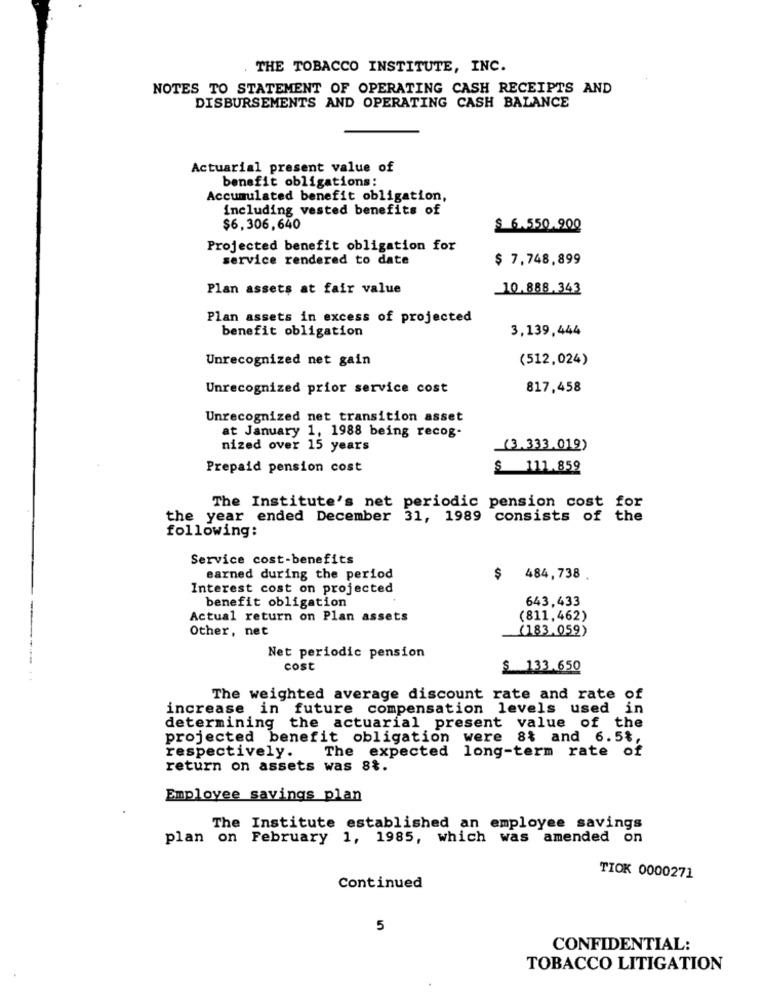
THE TOBACCO INSTITUTE, INC.
NOTES TO STATEMENT OF OPERATING CASH RECEIPTS AND
DISBURSEMENTS AND OPERATING CASH BALANCE
Actuarial present value of
benefit obligations:
Accumulated benefit obligation,
including vested benefits of
$6,306,640
$ 6.550.900
Projected benefit obligation for
service rendered to date
$ 7,748,899
Plan assets at fair value
10.888.343
Plan assets in excess of projected
benefit obligation
3,139,444
Unrecognized net gain
(512,024)
Unrecognized prior service cost
817,458
Unrecognized net transition asset
at January 1, 1988 being recog-
nized over 15 years
(3,333.019)
Prepaid pension cost
$ 111.859
The Institute's net periodic pension cost for
the year ended December 31, 1989 consists of the
following:
Service cost-benefits
earned during the period
$ 484,738
Interest cost on projected
benefit obligation
643,433
Actual return on Plan assets
(811,462)
Other, net
(183.059)
Net periodic pension
cost
$ 133.650
The weighted average discount rate and rate of
increase in future compensation levels used in
determining the actuarial present value of the
projected benefit obligation were 8% and 6.5%,
respectively. The expected long-term rate of
return on assets was 8%.
Employee savings plan
The Institute established an employee savings
plan on February 1, 1985, which was amended on
TIOK 0000271
Continued
5
CONFIDENTIAL:
TOBACCO LITIGATION